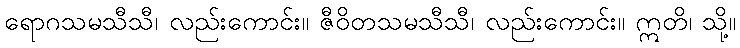
ရောဂသမသီသီ၊ လည်းကောင်း။ ဇီဝိတသမသီသီ၊ လည်းကောင်း။ ဣတိ၊ သို့။